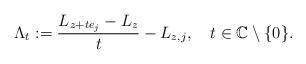
LaTeX: \begin{align*}\Lambda_t:=\frac{L_{z+te_j}-L_z}{t}-L_{z,j},\ \ \ t\in\mathbb{C}\setminus\{0\}.\end{align*}